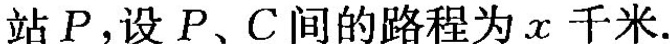
站Р，设P、C间的路程为x千米.